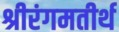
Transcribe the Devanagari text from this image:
श्रीरंगमतीर्थ